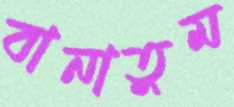
বানাতুম